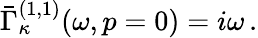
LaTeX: \bar{\Gamma}_{\kappa}^{(1,1)}(\omega,p=0)=i\omega\, .